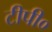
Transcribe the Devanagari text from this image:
टीपी०